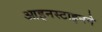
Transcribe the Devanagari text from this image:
आइनस्टाइनने